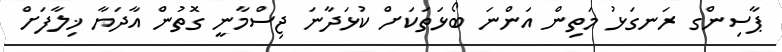
ޕާސިންގ ރަނގަޅު މަތިން އަންނަ ބޯޅަތަކަށް ކުޅަދާނަ ޖިސްމާނީ ގޮތުން އާދަޔާ ޚިލާފަށް